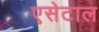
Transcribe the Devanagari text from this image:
एसेटाल